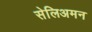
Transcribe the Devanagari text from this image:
सेलिअमन